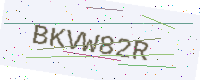
Text: BKVW82R